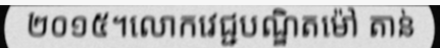
២០១៥។លោកវេជ្ជបណ្ឌិតម៉ៅ តាន់